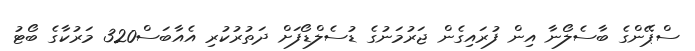
ސްޕޭންގެ ބާސެލޯނާ އިން ފުރައިގެން ޖަރުމަނުގެ ޑުސެލްޑޯފަށް ދަތުރުކުރި އެއާބަސް320 މަރުކާގެ ބޯޓު